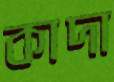
কাদা